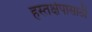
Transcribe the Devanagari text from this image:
हस्तक्षेपासाठी